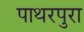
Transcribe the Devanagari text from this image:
पाथरपुरा